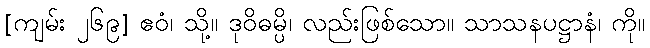
[ကျမ်း ၂၆၉] ဧဝံ၊ သို့။ ဒုဝိဓမ္ပိ၊ လည်းဖြစ်သော။ သာသနပဋ္ဌာနံ၊ ကို။